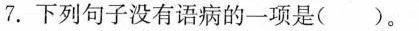
7.下列句子没有语病的一项是()。